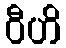
ဝီဟိ